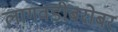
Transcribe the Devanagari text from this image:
लागवडीबरोबर